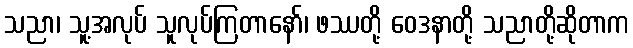
သညာ၊ သူ့အလုပ် သူလုပ်ကြတာနော်၊ ဖဿတို့ ဝေဒနာတို့ သညာတို့ဆိုတာက